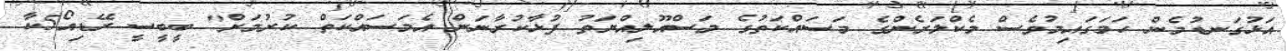
އަޅުގަނޑުމެން ހަމަގައިމުވެސް މެކްލަރެންގެ މަސައްކަތުގެ މަސްއޫލިއްޔަތު ފުޅާކުރާނަން އެމަސައްކަތް ކުރުމަށް" ބީބީސީ ރޭޑިއޯ5ކާ